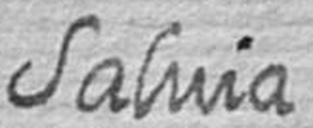
Salvia